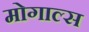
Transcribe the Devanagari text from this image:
मोगाल्स